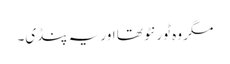
مگر وہ ٹورنٹو تھا اور یہ پنڈی۔